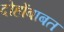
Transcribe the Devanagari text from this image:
दोहोंबाबत